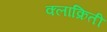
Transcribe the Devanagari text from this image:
क्लाक्रितीं